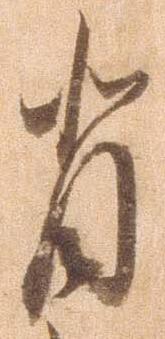
背